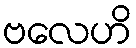
ဗလေဟိ